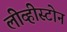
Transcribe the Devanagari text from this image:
लीव्हीस्टोन